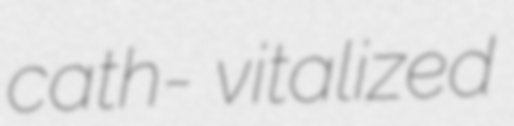
cath- vitalized